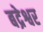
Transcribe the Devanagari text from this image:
बद्रेश्वर